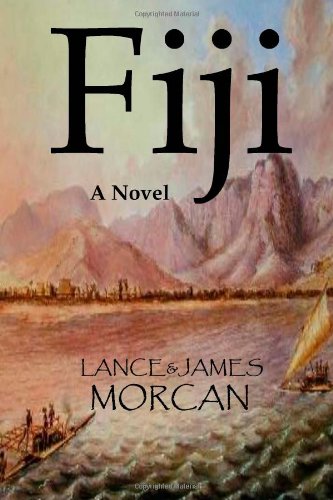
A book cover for Fiji: A Novel; Lance Morcan; Travel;